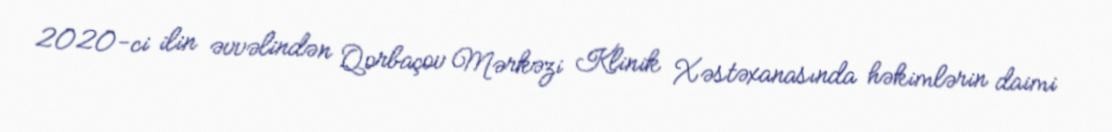
2020-ci ilin əvvəlindən Qorbaçov Mərkəzi Klinik Xəstəxanasında həkimlərin daimi